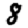
Digit: 8